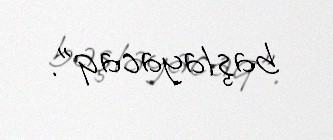
başlayacaq”.